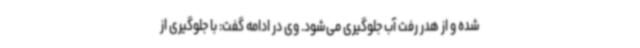
شده و از هدر رفت آب جلوگیری می‌شود. وی در ادامه گفت: با جلوگیری از